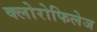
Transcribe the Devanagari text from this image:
क्लोरोफिलेज